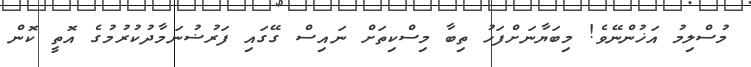
މުސްލިމު އަޚުންނޭވެ! މިބަޔާނަށްފަހު ތިބާ މިސްކިތަށް ނައިސް ގޭގައި ފަރުޟުނަމާދުކުރުމުގެ އޮތީ ކޮން